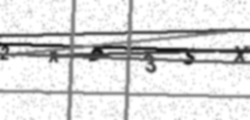
Text: 2XP3SX